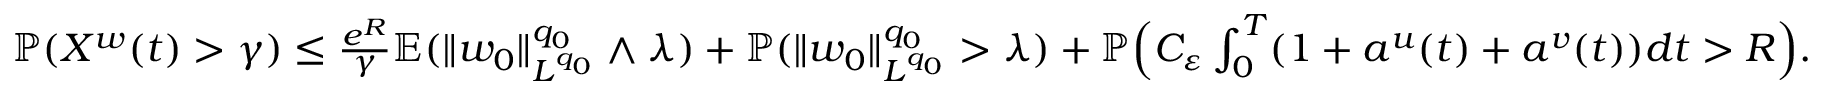
\begin{array} { r } { { \mathbb P } ( X ^ { w } ( t ) > \gamma ) \leq \frac { e ^ { R } } { \gamma } { \mathbb E } ( \| w _ { 0 } \| _ { L ^ { q _ { 0 } } } ^ { q _ { 0 } } \wedge \lambda ) + { \mathbb P } ( \| w _ { 0 } \| _ { L ^ { q _ { 0 } } } ^ { q _ { 0 } } > \lambda ) + { \mathbb P } \Big ( C _ { \varepsilon } \int _ { 0 } ^ { T } ( 1 + a ^ { u } ( t ) + a ^ { v } ( t ) ) d t > R \Big ) . } \end{array}